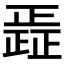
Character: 𮲿